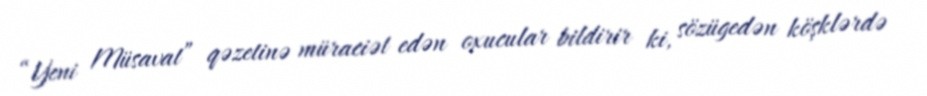
“Yeni Müsavat” qəzetinə müraciət edən oxucular bildirir ki, sözügedən köşklərdə